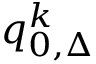
q _ { 0 , \Delta } ^ { k }